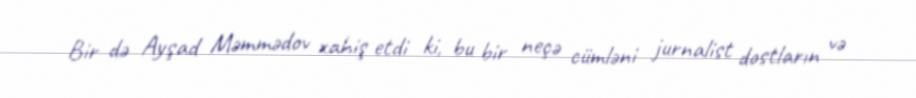
Bir də Ayşad Məmmədov xahiş etdi ki, bu bir neçə cümləni jurnalist dostların və